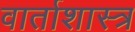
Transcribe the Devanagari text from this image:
वार्ताशास्त्र